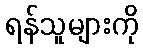
ရန်သူများကို